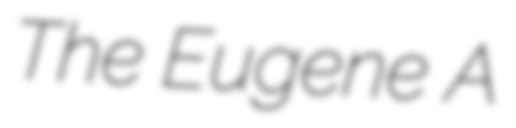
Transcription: The Eugene A